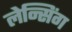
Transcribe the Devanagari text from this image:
लेन्सिंग